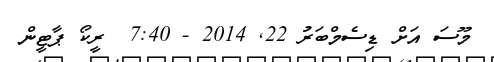
މޫސަ އަށް ޑިސެމްބަރު 22